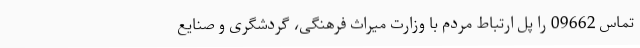
تماس 09662 را پل ارتباط مردم با وزارت میراث فرهنگی، گردشگری و صنایع